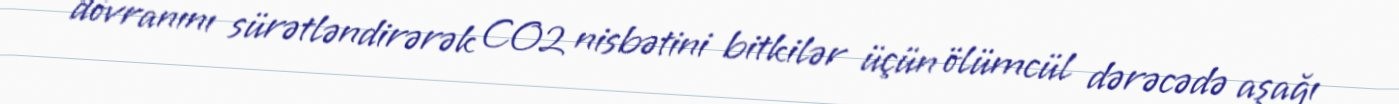
dövranını sürətləndirərək CO2 nisbətini bitkilər üçün ölümcül dərəcədə aşağı